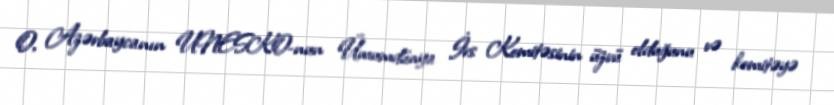
O, Azərbaycanın UNESKO-nun Ümumdünya İrs Komitəsinin üzvü olduğunu və komitəyə